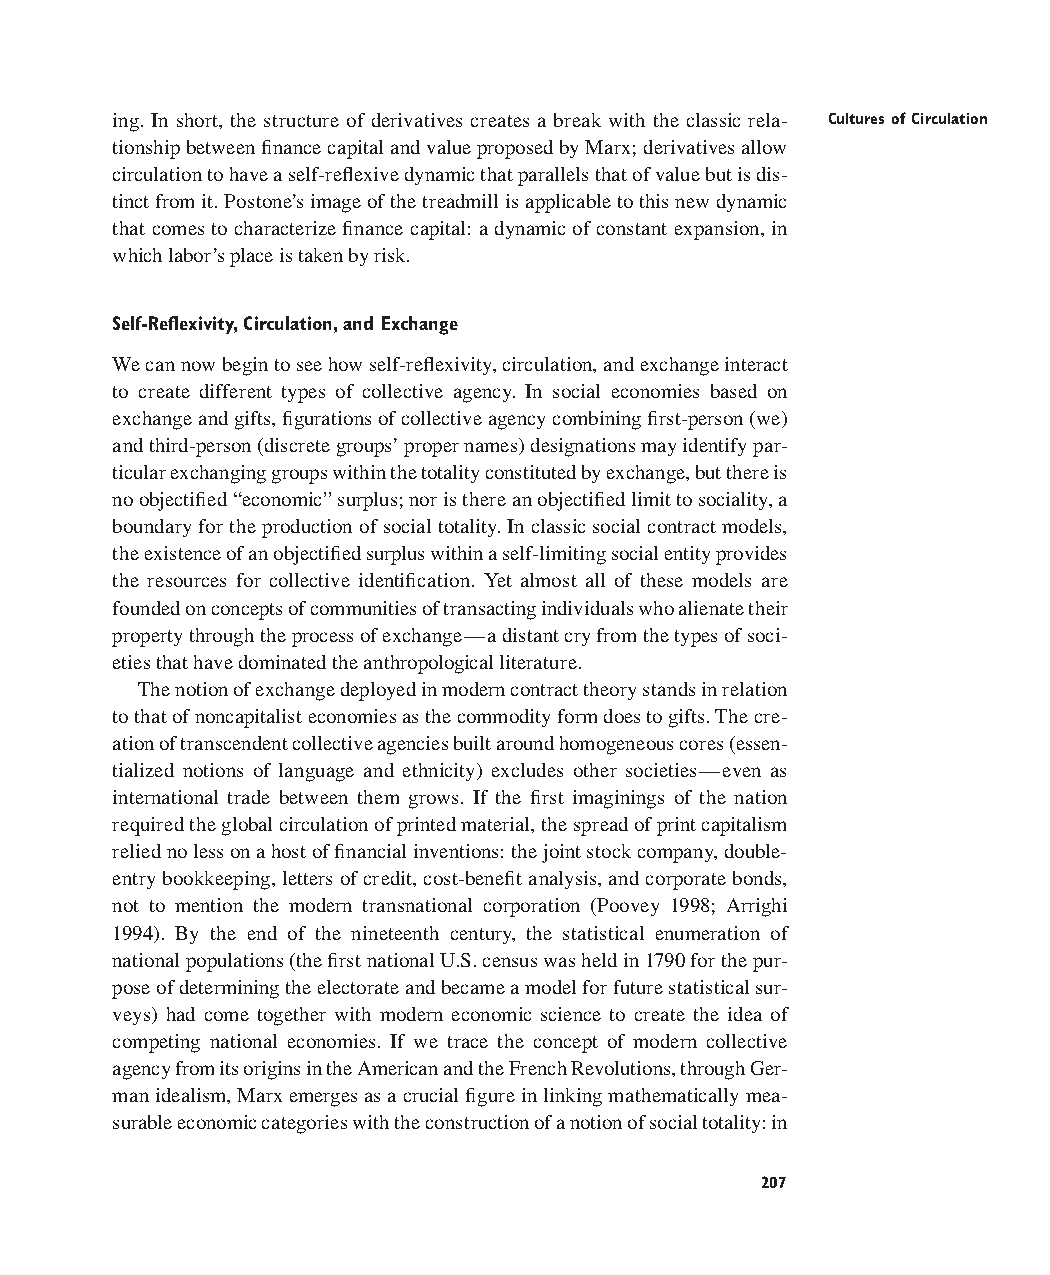
ing. In short, the structure of derivatives creates a break with the classic rela- Cultures of Circulation
 tionship between finance capital and value proposed by Marx; derivatives allow
 circulation to have a self-reflexive dynamic that parallels that of value but is dis-
 tinct from it. Postone’s image of the treadmill is applicable to this new dynamic
 that comes to characterize finance capital: a dynamic of constant expansion, in
 which labor’s place is taken by risk.
 Self-Reflexivity,Circulation,and Exchange
 We can now begin to see how self-reflexivity, circulation, and exchange interact
 to create different types of collective agency. In social economies based on
 exchange and gifts, figurations of collective agency combining first-person (we)
 and third-person (discrete groups’ proper names) designations may identify par-
 ticular exchanging groups within the totality constituted by exchange, but there is
 no objectified “economic” surplus; nor is there an objectified limit to sociality, a
 boundary for the production of social totality. In classic social contract models,
 the existence of an objectified surplus within a self-limiting social entity provides
 the resources for collective identification. Yet almost all of these models are
 founded on concepts of communities of transacting individuals who alienate their
 property through the process of exchange—a distant cry from the types of soci-
 eties that have dominated the anthropological literature.
 The notion of exchange deployed in modern contract theory stands in relation
 to that of noncapitalist economies as the commodity form does to gifts. The cre-
 ation of transcendent collective agencies built around homogeneous cores (essen-
 tialized notions of language and ethnicity) excludes other societies—even as
 international trade between them grows. If the first imaginings of the nation
 required the global circulation of printed material, the spread of print capitalism
 relied no less on a host of financial inventions: the joint stock company, double-
 entry bookkeeping, letters of credit, cost-benefit analysis, and corporate bonds,
 not to mention the modern transnational corporation (Poovey 1998; Arrighi
 1994). By the end of the nineteenth century, the statistical enumeration of
 national populations (the first national U.S. census was held in 1790 for the pur-
 pose of determining the electorate and became a model for future statistical sur-
 veys) had come together with modern economic science to create the idea of
 competing national economies. If we trace the concept of modern collective
 agency from its origins in the American and the French Revolutions, through Ger-
 man idealism, Marx emerges as a crucial figure in linking mathematically mea-
 surable economic categories with the construction of a notion of social totality: in
 207